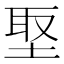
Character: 埾